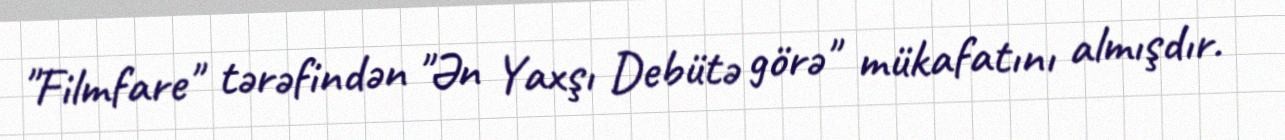
"Filmfare" tərəfindən "Ən Yaxşı Debütə görə" mükafatını almışdır.